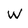
Character: W